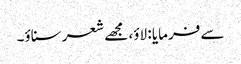
سے فرمایا : لاؤ، مجھے شعر سناؤ۔